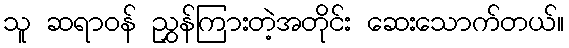
သူ ဆရာဝန် ညွှန်ကြားတဲ့အတိုင်း ဆေးသောက်တယ်။